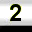
Digit: 2